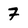
Character: 7